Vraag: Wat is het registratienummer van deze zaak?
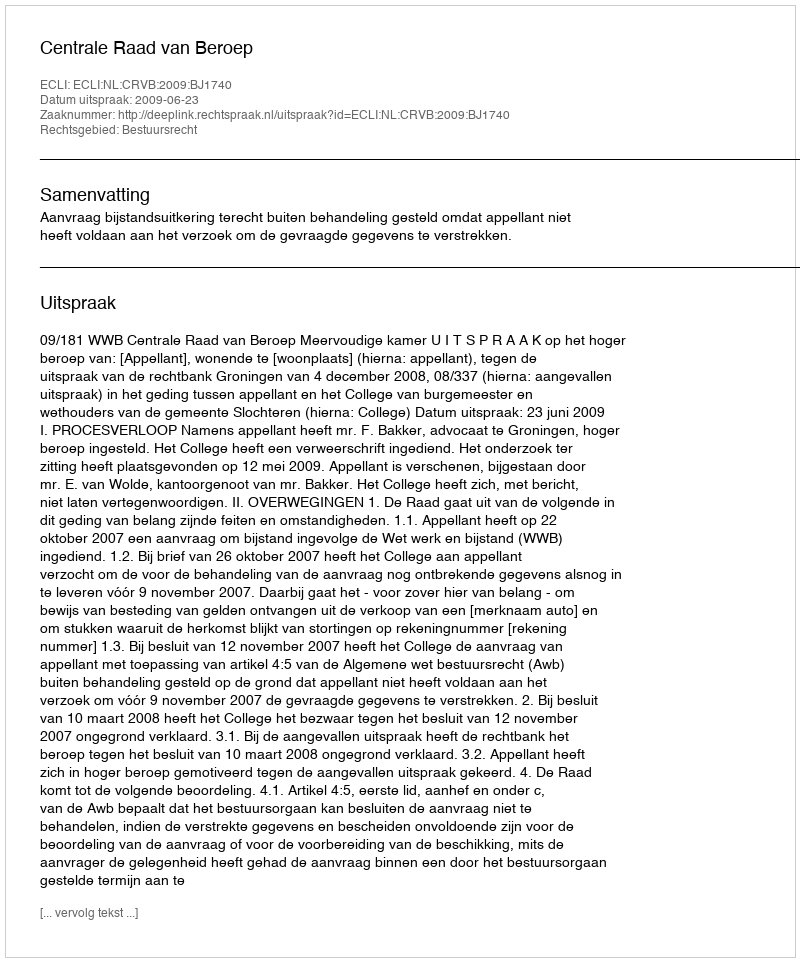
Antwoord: http://deeplink.rechtspraak.nl/uitspraak?id=ECLI:NL:CRVB:2009:BJ1740